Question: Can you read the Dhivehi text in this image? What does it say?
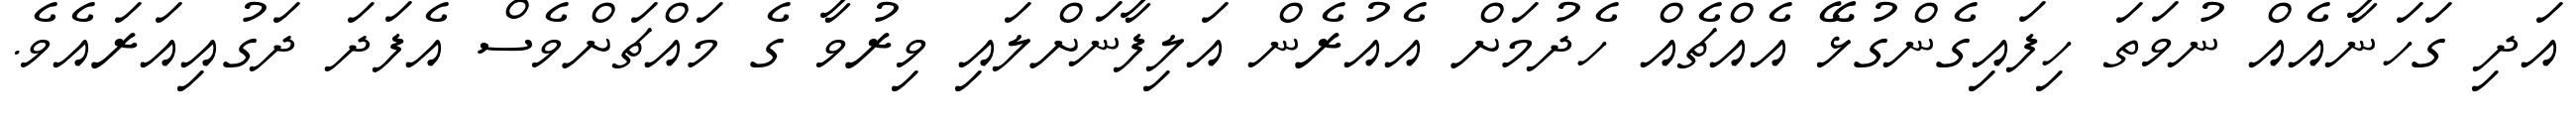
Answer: އަދި ގަހަނާއެއް ނުވަތަ ހިފައިގެންގުޅޭ އެއްޗެއް ހެދުމަށް އެއުރެން އަލިފާނަށްލައި ވިރުވާ ގެ މައްޗަށްވެސް އެފަދަ ދަގުއިއަރައެވެ.